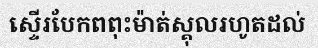
ស្ទើរបែកពពុះម៉ាត់ស្គុលរហូតដល់